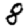
Digit: 8